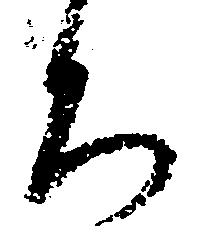
ろ